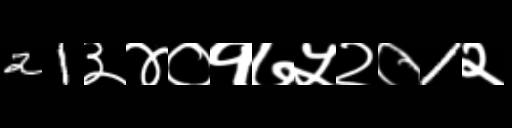
Text: 21३४०१७५२०1२